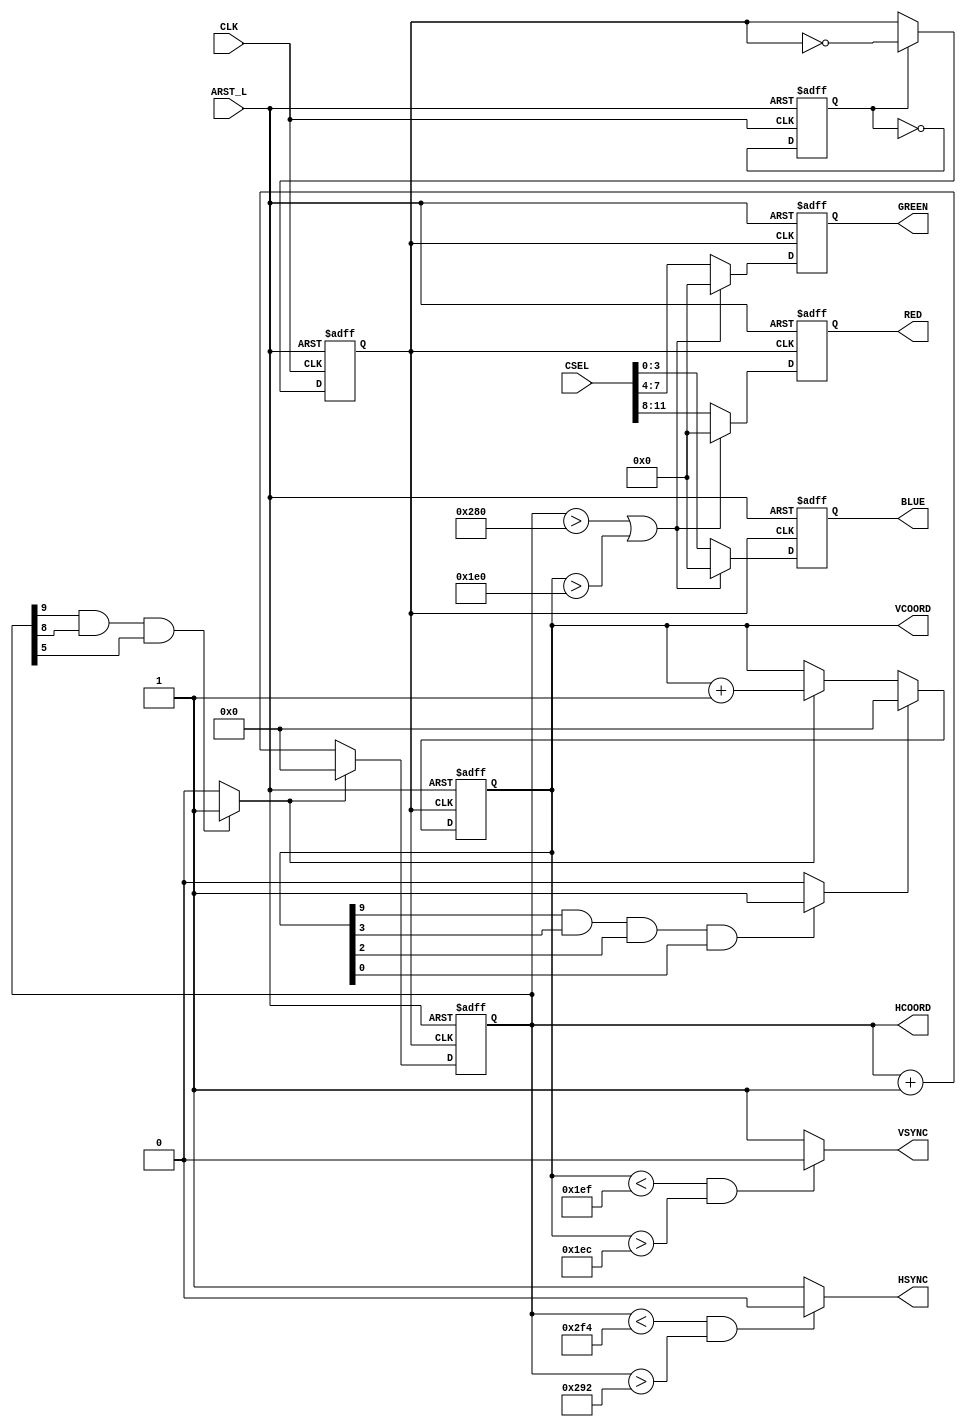
`timescale 1ns / 1ps
//////////////////////////////////////////////////////////////////////////////////
// Company: 
// Engineer: 
// 
// Design Name: 
// Module Name: VGA
// Project Name: 
// Target Devices: 
// Tool Versions: 
// Description: 
// 
// Dependencies: 
// 
// Revision:
// Revision 0.01 - File Created
// Additional Comments:
// 
//////////////////////////////////////////////////////////////////////////////////

//
//VGA
//""""
//HSYNC0,0
//800*525

module VGA(
    input CLK,              //
    input [11:0] CSEL,      //r,g,b
    input ARST_L,           //
    output HSYNC,           //
    output VSYNC,           //
    output reg [3:0] RED,
    output reg [3:0] GREEN,
    output reg [3:0] BLUE,
    output reg [9:0] HCOORD,    //
    output reg [9:0] VCOORD     //
    );

wire aclr_i;
wire Hrollover_i, Vrollover_i;  //
    
assign aclr_i = ~ARST_L;    //

reg SREG;   
reg CLKOUT; 

//800,525
//
assign Hrollover_i = (HCOORD[9] & HCOORD[8] & HCOORD[5]) ? 1'b1 : 1'b0;                 //800 D = 001100100000 B
assign Vrollover_i = (VCOORD[9] & VCOORD[3] & VCOORD[2] & VCOORD[0]) ? 1'b1 : 1'b0;     //525 D = 001000001101 B


/* part1  */
//HCOORD0
always @(posedge CLKOUT or posedge aclr_i) begin
    if(aclr_i) begin
        HCOORD <= 10'b0000000000;   //
    end              
    else if(Hrollover_i)
        HCOORD <= 10'b0000000000;   //
    else
        HCOORD <= HCOORD + 1;
end

//Hrollover_i0HCOORD
always @(posedge CLKOUT or posedge aclr_i) begin
    if(aclr_i) begin
        VCOORD <= 10'b0000000000; 
    end              
    else if(Vrollover_i)
        VCOORD <= 10'b0000000000;
    else if(Hrollover_i)
        VCOORD <= VCOORD + 1;
end

assign HSYNC = ((HCOORD < 756) && (HCOORD > 658)) ? 1'b0 : 1'b1;
assign VSYNC = ((VCOORD < 495) && (VCOORD > 492)) ? 1'b0 : 1'b1;

/* part 3  */
always @(posedge CLKOUT or posedge aclr_i) begin
    if (aclr_i) begin
        RED = 4'h0;
        GREEN = 4'h0;    
        BLUE = 4'h0;
    end
    else if((HCOORD > 640) || (VCOORD > 480)) begin
        RED = 4'h0;
        GREEN = 4'h0;    
        BLUE = 4'h0;
    end
    else begin
        // rgbvgacontroller
        RED <= CSEL[11:8];
        GREEN <= CSEL[7:4];
        BLUE <= CSEL[3:0];
    end  
end

/* part 4  */
//25mhz

//2
always @(posedge CLK or posedge aclr_i) begin
    if(aclr_i) begin
        SREG <= 1'b0;
    end
    else begin
        SREG <= ~SREG;
    end
end

//4
always @(posedge CLK or posedge aclr_i) begin
    if(aclr_i) begin
        CLKOUT <= 1'b0;
    end
    else if(SREG) begin
        CLKOUT <= ~CLKOUT;
    end
end
endmodule